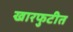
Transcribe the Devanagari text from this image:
खारफुटीत